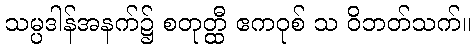
သမ္ပဒါန်အနက်၌ စတုတ္ထီ ဧကဝုစ် သ ဝိဘတ်သက်။